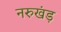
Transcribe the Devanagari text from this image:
नरुखंड़